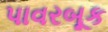
પાવરબૂક